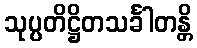
သုပ္ပတိဋ္ဌိတသင်္ခါတန္တိ